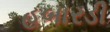
હબારડી